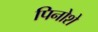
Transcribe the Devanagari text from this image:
पिनोशे